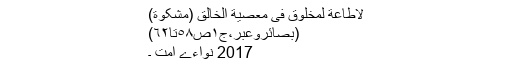
لاطاعة لمخلوق فی معصیة الخالق (مشکوٰة)
(بصائروعبر،ج١ص٥٨تا٦٢)
2017 نواءے امت ۔